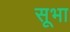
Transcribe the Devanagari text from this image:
सूभा